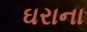
ઘરાના